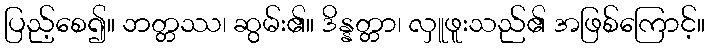
ပြည့်စေ၍။ ဘတ္တဿ၊ ဆွမ်း၏။ ဒိန္နတ္တာ၊ လှူဖူးသည်၏ အဖြစ်ကြောင့်။